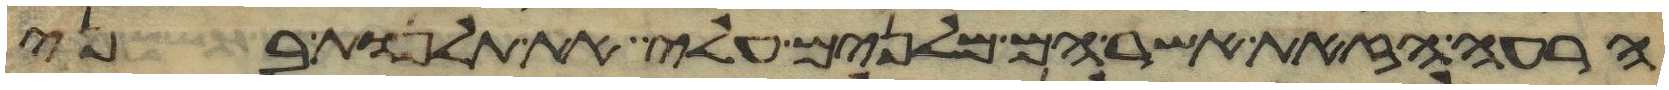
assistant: הרעה הזאת אשר הם מלנים עלי את תלנות בני